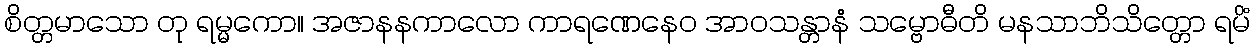
စိတ္တမာသော တု ရမ္မကော။ အဇာနနကာလော ကာရဏေနေဝ အာဝသန္တာနံ သမ္ဗောဓီတိ မနသာဘိသိတ္တော ရမိံ